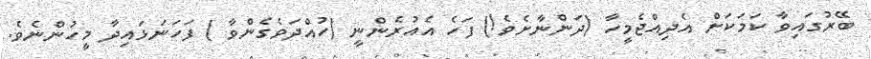
ބޭރުގައިވާ ކަމަކަށް އެދިއްޖެމީހާ (ދަންނާށެވެ!) ފަހެ އެއުރެންނީ (ހުއްދަވެގެންވާ ) ފަހަނަޅައިދާ މީހުންނެވެ.